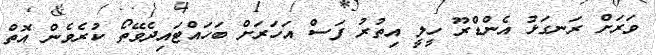
ވަރަށް ރަނގަޅު އެންޑްރޫ ހީލީ އިތުރު ފަސް އަހަރަށް ބަހައްޓައިދެވޭތޯ ކުރެވެން އޮތް